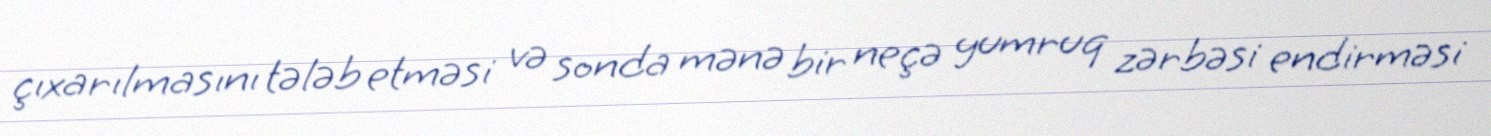
çıxarılmasını tələb etməsi və sonda mənə bir neçə yumruq zərbəsi endirməsi